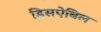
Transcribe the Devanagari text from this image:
डिसऐबिल